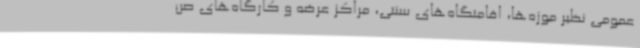
عمومی نظیر موزه‌ها، اقامتگاه‌های سنتی، مراکز عرضه و کارگاه‌های صن